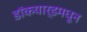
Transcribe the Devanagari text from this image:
डॉकयार्डमधून